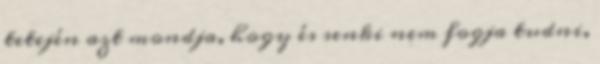
tetején azt mondja, hogy és senki nem fogja tudni,